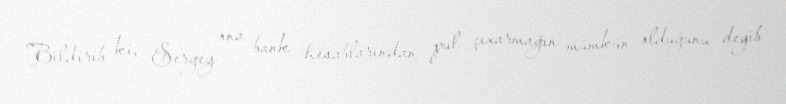
Bildirib ki, Sergey ona bank hesablarından pul çıxarmağın mümkün olduğunu deyib